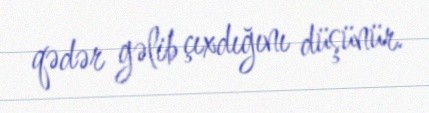
qədər gəlib çıxdığını düşünür.